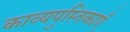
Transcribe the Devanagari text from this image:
काव्यपुस्तिकाएँ